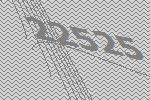
22525